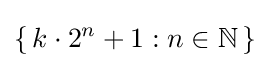
\left\{\,k\cdot 2^{n}+1:n\in \mathbb {N} \,\right\}